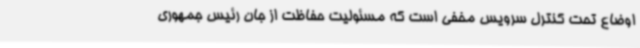
اوضاع تحت کنترل سرویس مخفی است که مسئولیت حفاظت از جان رئیس جمهوری